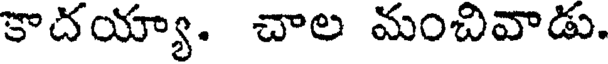
కాదయ్యా. చాల మంచివాడు.